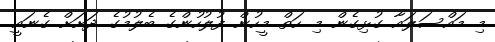
މި މައްސަލައާ ގުޅިގެން މި ހަތް މީހުން ފުލުހުންގެ ބެލުމުގެ ދަށަށް ގެނައީ